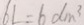
6 L = 6 d m ^ { 3 }